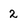
Character: 2